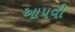
આપવી